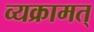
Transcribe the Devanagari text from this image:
व्यक्रामत्